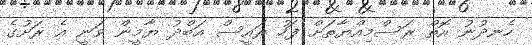
ހެނދުނު އޮތް ރަސްމިއްޔާތަށް ފަހު ރައީސް އަބްދު ޔާމީން ވަނީ އެ ރަށުގެ